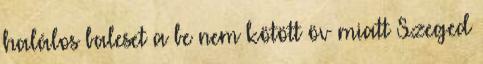
halálos baleset a be nem kötött öv miatt Szeged